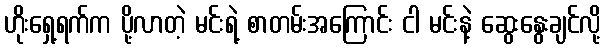
ဟိုးရှေ့ရက်က ပို့လာတဲ့ မင်းရဲ့ စာတမ်းအကြောင်း ငါ မင်းနဲ့ ဆွေးနွေးချင်လို့